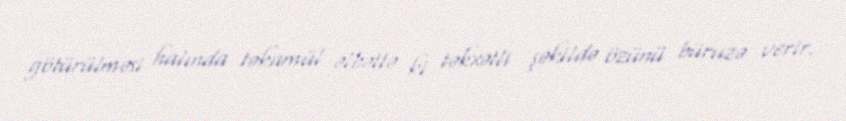
götürülməsi halında təkamül əlbəttə ki təkxətli şəkildə özünü büruzə verir.